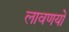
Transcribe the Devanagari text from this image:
लावणयों